Report on inoculation in the plague infected areas of the Punjab and its dependencies from October 1900 to September 1901
Year: 1900
Disease focus: Plague
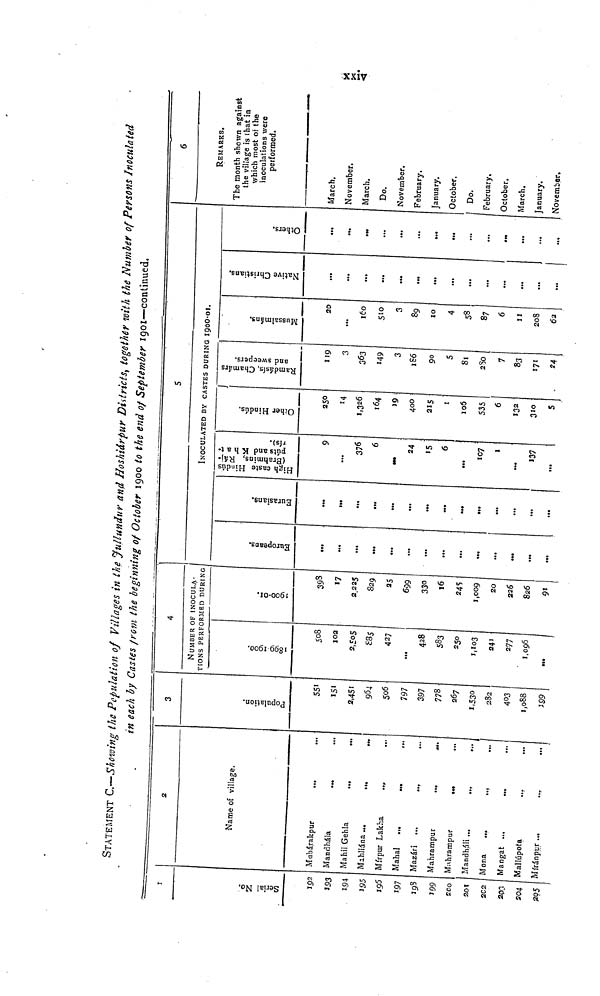
xxiv
STATEMENT C.—Showing the Population of Villages in the Jullundur and Hoshiárpur Districts, together with the Number of Persons Inoculated
in each by Castes from the beginning of October 1900 to the end of September 1901—continued,
1
Serial No.
192
193
194
195
196
197
198
199
200
201
202
203
204
205
2
Name of village.
Mubárakpur
Mandhála
Mahil Gehla
Mahliána
Mírpur Lakha
Mahal ...
Mazarí
Mahrampur
Mahrampur
Mandháli
Mona
Mangat
Mallúpota
...
...
Míránpur ...
...
...
3
Population.
551
151
2,451
964
506
797
397
778
267
1,530
282
403
1,088
199
4
NUMBER OF INOCULATIONS PERFORMED DURIN
1899-1900.
508
102
2,505
£85
427
...
428
583
250
241
277
1,096
1900-01.
398
17
2,225
829
25
699
330
16
245
1,009
20
226
826
91
S
INOCULATED BY CASTES DURING 1900-01.
Europeans.
...
...
...
Eurasians.
...
...
...
...
High caste Hindús (Brahmins, Rájpúts and Khatrís.)
9
...
376
6
24
15
6
...
107
1
137
Other Hindús.
250
14
1,326
164
J9
400
215
1
105
535
6
132
310
5
Ramdásis, Chamárs and sweepers.
119
3
363
149
3
186
90
5
81
280
7
83
171
24
Mussalmáns.
20
...
160
510
3
89
10
4
58
87
6
11
208
62
Native Christians.
...
...
...
...
...
...
...
...
...
...
...
...
...
Others.
...
...
...
...
...
...
...
...
...
...
...
6
REMARKS.
The month shown against
the village is that in
which most of the
inoculations were
performed.
March,
November.
March.
Do.
November.
February.
January.
October.
Do.
February,
October.
March.
January.
November.